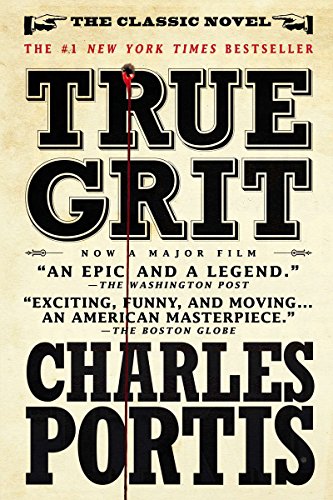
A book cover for True Grit: A Novel; Charles Portis; Literature & Fiction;